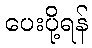
ပေးပို့ရန်